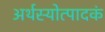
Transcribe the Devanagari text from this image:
अर्थस्योत्पादकं